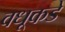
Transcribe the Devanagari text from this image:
वधूकडे